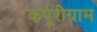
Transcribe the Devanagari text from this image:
कर्पूरीग्राम